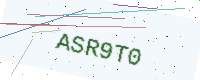
Text: ASR9T0